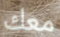
معك